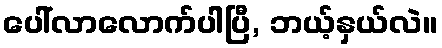
ပေါ်လာလောက်ပါပြီ, ဘယ့်နှယ်လဲ။